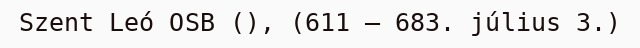
Szent Leó OSB (), (611 – 683. július 3.)